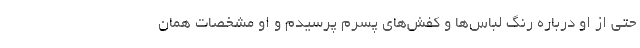
حتی از او درباره رنگ لباس‌ها و کفش‌های پسرم پرسیدم و او مشخصات همان